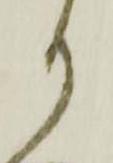
り